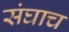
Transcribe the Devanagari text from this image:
संघाच